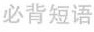
必背短语